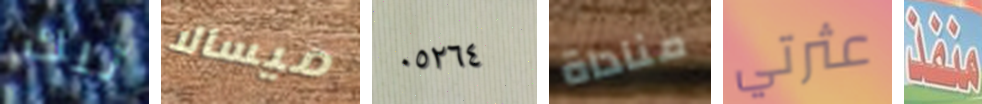
تلك ميسالا ٠٥٢٦٤ مناداة عثرتي منفذ